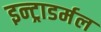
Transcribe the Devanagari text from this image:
इन्ट्राडर्मल